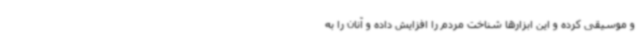
و موسیقی کرده و این ابزارها شناخت مردم را افزایش داده و آنان را به